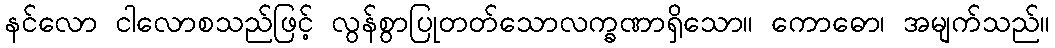
နင်လော ငါလောစသည်ဖြင့် လွန်စွာပြုတတ်သောလက္ခဏာရှိသော။ ကောဓော၊ အမျက်သည်။